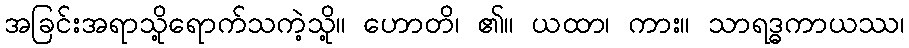
အခြင်းအရာသို့ရောက်သကဲ့သို့။ ဟောတိ၊ ၏။ ယထာ၊ ကား။ သာရဒ္ဓကာယဿ၊